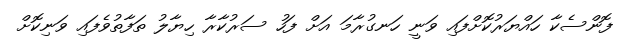
ފޮންސެކާ ހައްޔަރުކޮށްފައި ވަނީ ހަނގުރާމަ އަށް ފަހު ސަރުކާރާ ހިޔާލު ތަފާތުވެފައި ވަނިކޮށް